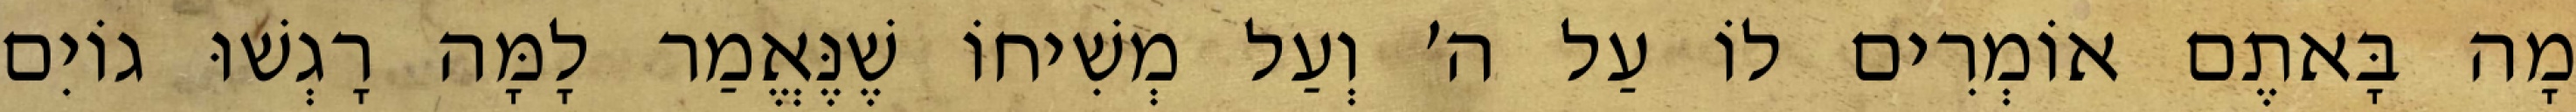
מָה בָּאתֶם אוֹמְרִים לוֹ עַל ה׳ וְעַל מְשִׁיחוֹ שֶׁנֶּאֱמַר לָמָּה רָגְשׁוּ גוֹיִם